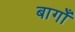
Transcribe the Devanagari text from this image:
बागोँ